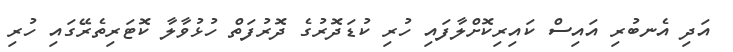
އަދި އެނބުރި އައިސް ކައިރިކޮށްލާފައި ހުރި ކުޑަދޮރުގެ ދޮރުފަތް ހުޅުވާލާ ކޮޓަރިތެރޭގައި ހުރި